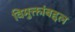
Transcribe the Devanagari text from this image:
विमुक्तांबद्दल